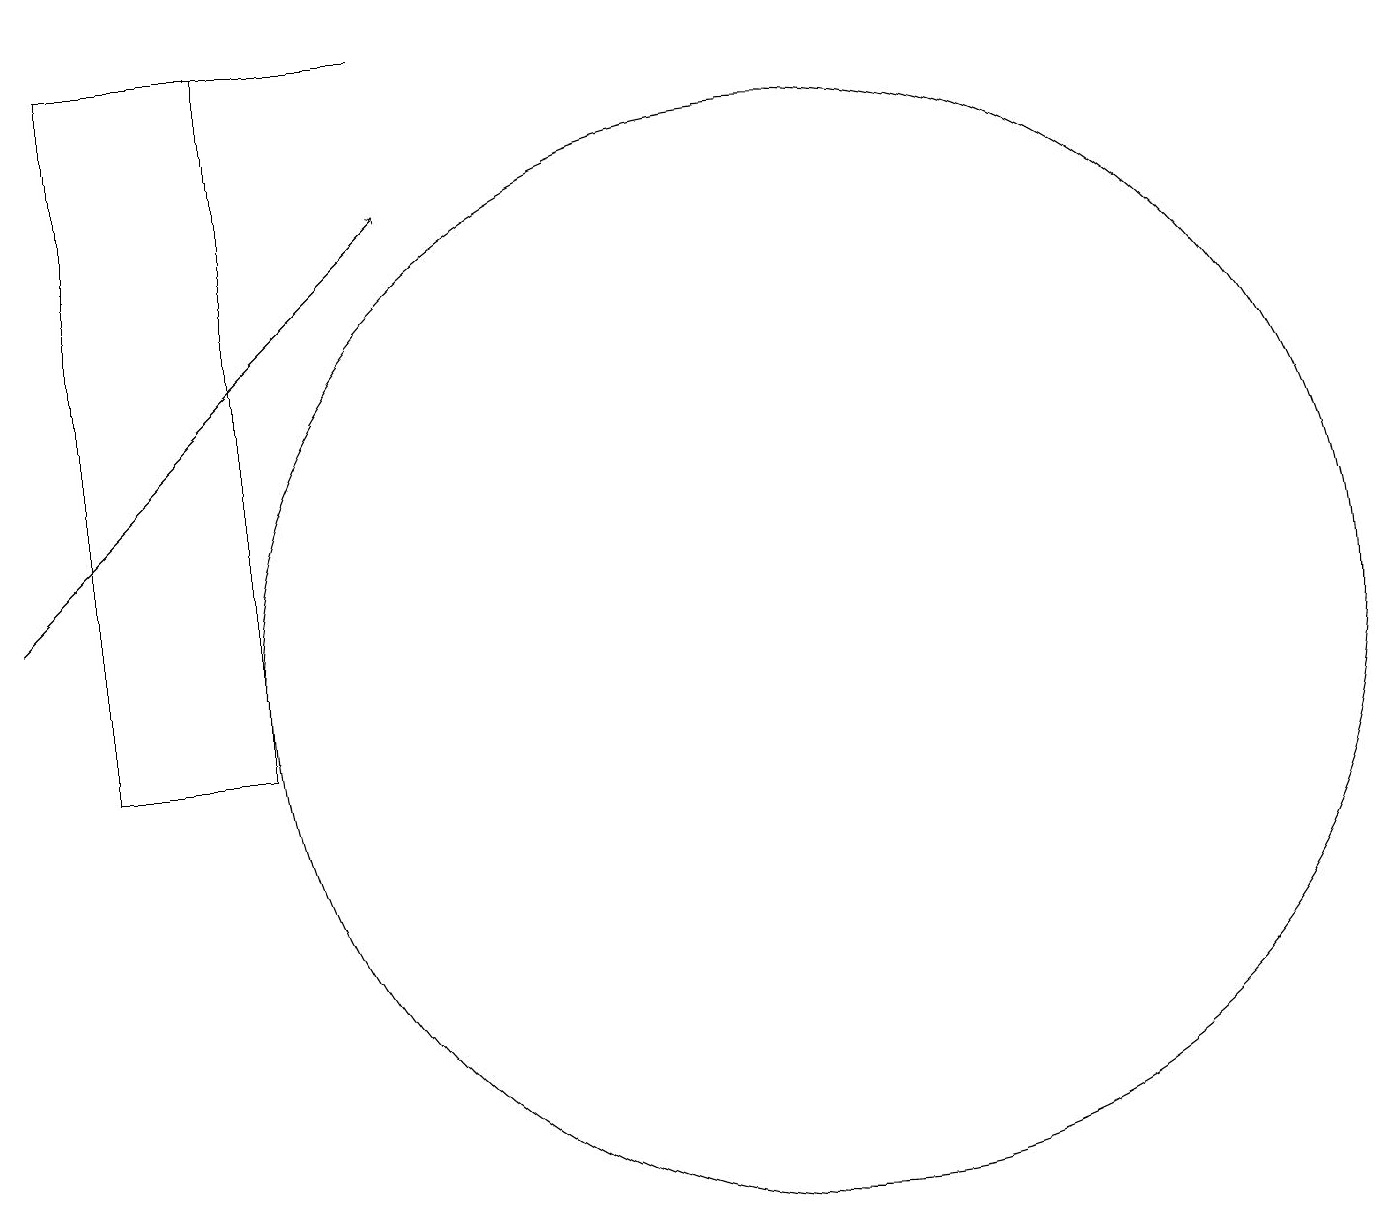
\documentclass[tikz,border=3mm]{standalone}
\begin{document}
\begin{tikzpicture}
\draw (10,11) circle (7);
\draw (5,19) rectangle (3,19);
\draw[->] (0,12) -- (5,17);
\draw (3,10) rectangle (1,19);
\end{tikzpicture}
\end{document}